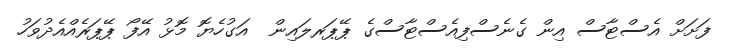
ފަށަށް އެސްޓާސް އިން ގެނެސްފިއެސްޓާސްގެ ޕޭޕަރލައިން  އަގުހެޔޮ މޮޅު އޭފޯ ޕޭޕަރެއްއެދުވަހު